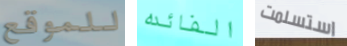
للموقع الفائده استسلمت